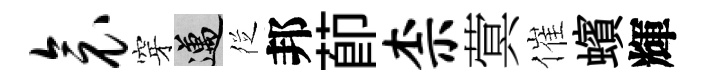
衾穿邁徔邦莭柰蓂催蠙輝